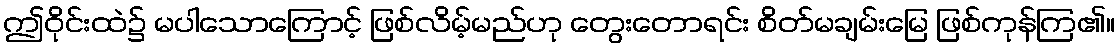
ဤဝိုင်းထဲ၌ မပါသောကြောင့် ဖြစ်လိမ့်မည်ဟု တွေးတောရင်း စိတ်မချမ်းမြေ ဖြစ်ကုန်ကြ၏။